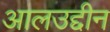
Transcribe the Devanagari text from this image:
आलउद्दीन